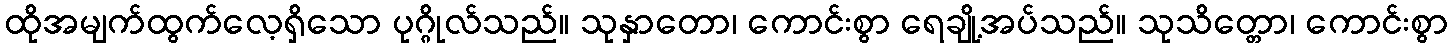
ထိုအမျက်ထွက်လေ့ရှိသော ပုဂ္ဂိုလ်သည်။ သုနှာတော၊ ကောင်းစွာ ရေချို့အပ်သည်။ သုသိတ္တော၊ ကောင်းစွာ